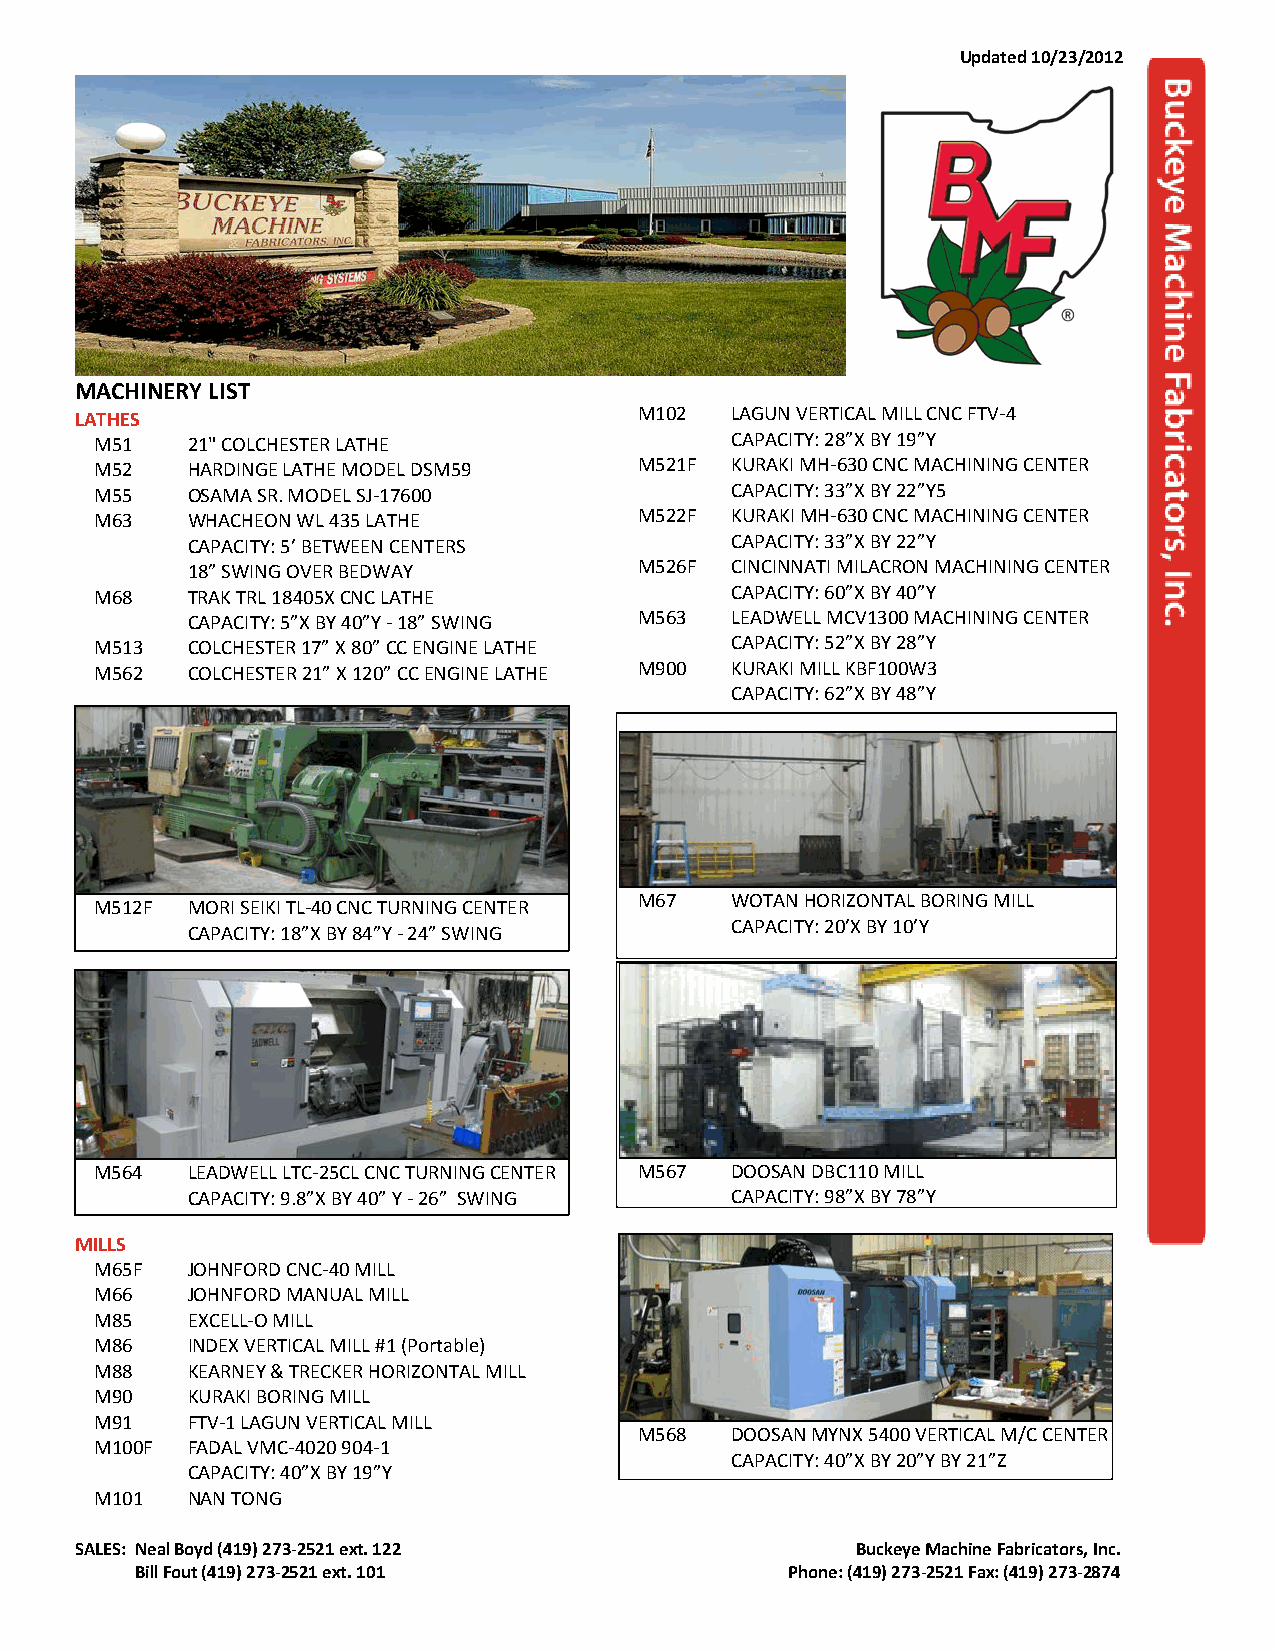
Updated 10/23/2012
 MACHINERY LIST
 LATHES                               M102  LAGUN VERTICAL MILL CNC FTV-4
 M51   21" COLCHESTER LATHE                CAPACITY: 28”X BY 19”Y
 M52   HARDINGE LATHE MODEL DSM59    M521F KURAKI MH-630 CNC MACHINING CENTER
 M55   OSAMA SR. MODEL SJ-17600            CAPACITY: 33”X BY 22”Y5
 M63   WHACHEON WL 435 LATHE         M522F KURAKI MH-630 CNC MACHINING CENTER
 CAPACITY: 5’ BETWEEN CENTERS        CAPACITY: 33”X BY 22”Y
 18” SWING OVER BEDWAY         M526F CINCINNATI MILACRON MACHINING CENTER
 M68   TRAK TRL 18405X CNC LATHE           CAPACITY: 60”X BY 40”Y
 CAPACITY: 5”X BY 40”Y - 18” SWING M563 LEADWELL MCV1300 MACHINING CENTER
 M513  COLCHESTER 17” X 80” CC ENGINE LATHE CAPACITY: 52”X BY 28”Y
 M562  COLCHESTER 21” X 120” CC ENGINE LATHE M900 KURAKI MILL KBF100W3
 CAPACITY: 62”X BY 48”Y
 M67   WOTAN HORIZONTAL BORING MILL
 M512F MORI SEIKI TL-40 CNC TURNING CENTER
 CAPACITY: 20’X BY 10’Y
 CAPACITY: 18”X BY 84”Y - 24” SWING
 M564  LEADWELL LTC-25CL CNC TURNING CENTER M567 DOOSAN DBC110 MILL
 CAPACITY: 9.8”X BY 40” Y - 26” SWING CAPACITY: 98”X BY 78”Y
 MILLS
 M65F  JOHNFORD CNC-40 MILL
 M66   JOHNFORD MANUAL MILL
 M85   EXCELL-O MILL
 M86   INDEX VERTICAL MILL #1 (Portable)
 M88   KEARNEY & TRECKER HORIZONTAL MILL
 M90   KURAKI BORING MILL
 M91   FTV-1 LAGUN VERTICAL MILL
 M568  DOOSAN MYNX 5400 VERTICAL M/C CENTER
 M100F FADAL VMC-4020 904-1
 CAPACITY: 40”X BY 20”Y BY 21”Z
 CAPACITY: 40”X BY 19”Y
 M101  NAN TONG
 SALES: Neal Boyd (419) 273-2521 ext. 122            Buckeye Machine Fabricators, Inc.
 Bill Fout (419) 273-2521 ext. 101          Phone: (419) 273-2521 Fax: (419) 273-2874